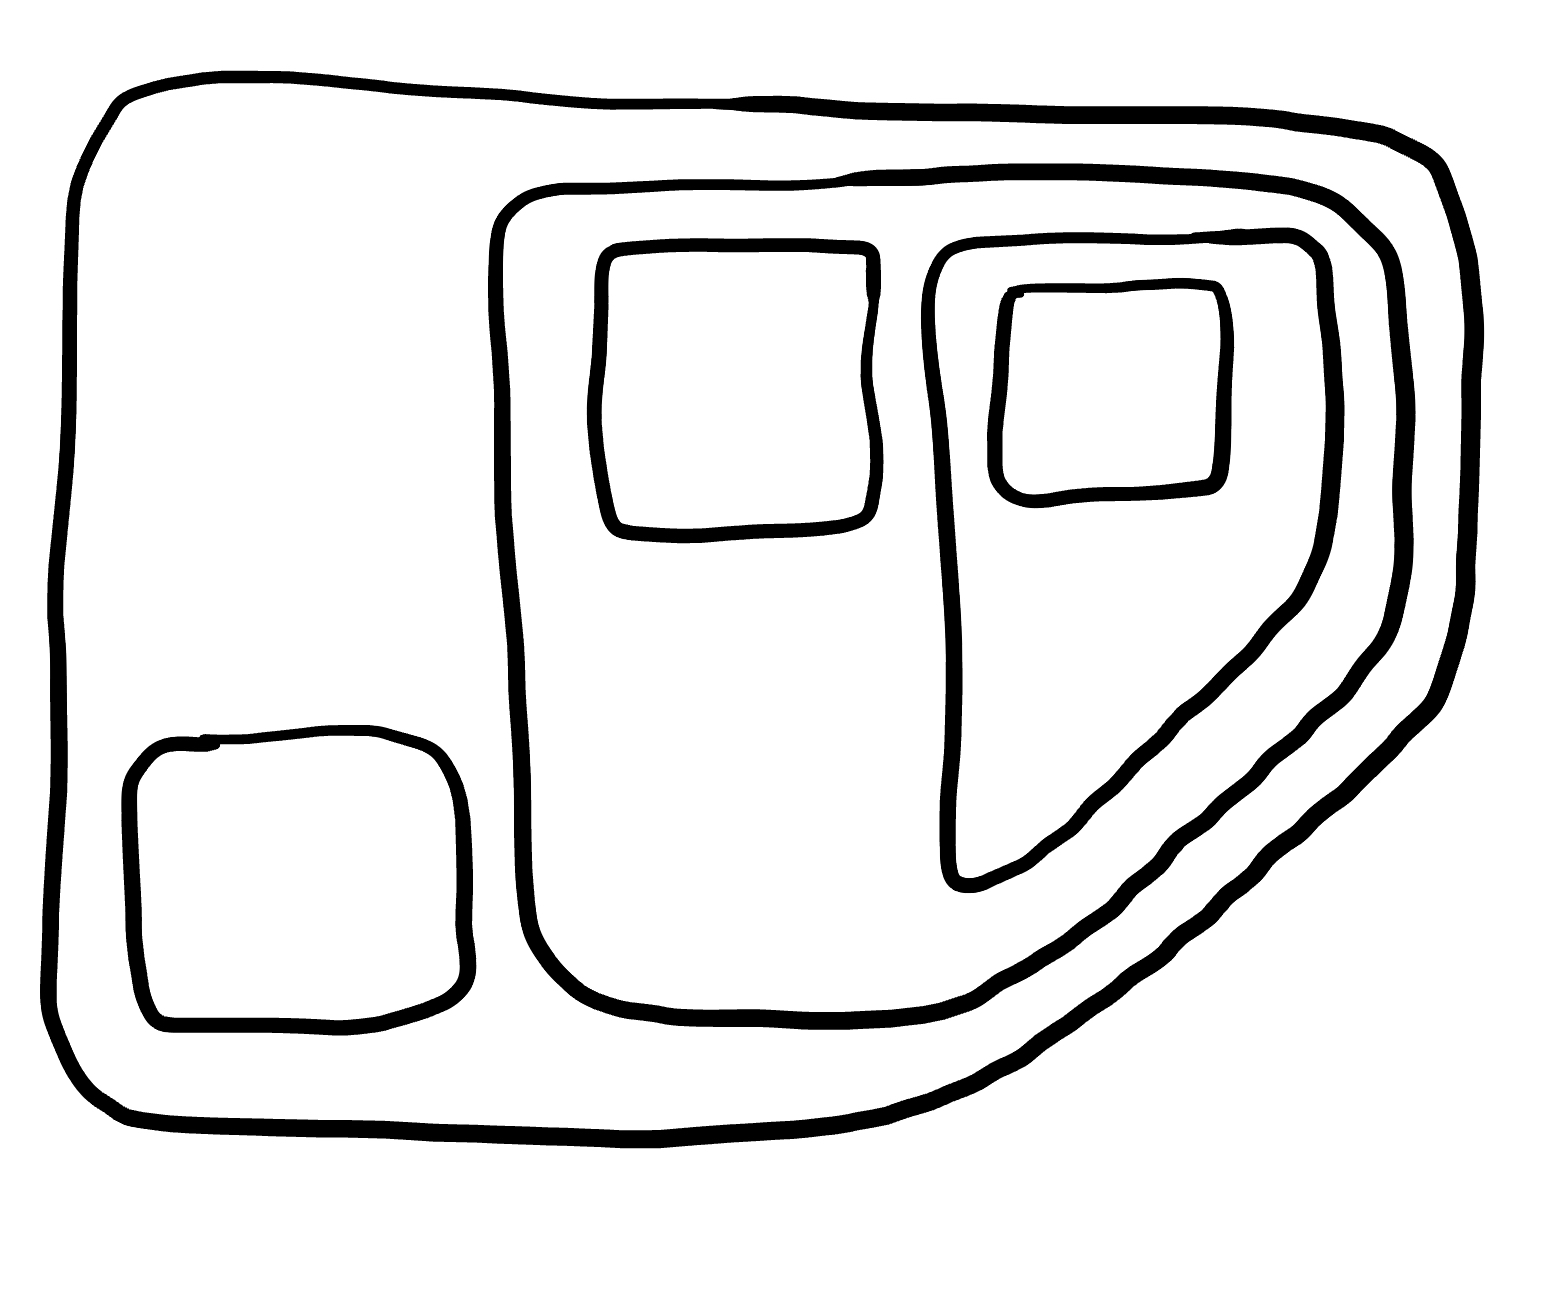
Number of regions (including the outer root region): 7
Containment tree edges (parent, child): 0, 1, 1, 2, 1, 3, 3, 4, 3, 5, 5, 6